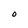
Character: O